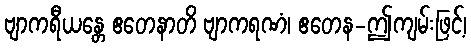
ဗျာကရီယန္တေ ဧတေနာတိ ဗျာကရဏံ၊ ဧတေန-ဤကျမ်းဖြင့်၊